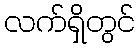
လက်ရှိတွင်